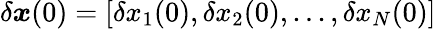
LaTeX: \delta\boldsymbol{x}(0)=[\delta x_{1}(0),\delta x_{2}(0),...,\delta x_{N}(0)]